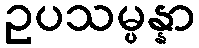
ဥပသမ္ပန္နာ